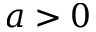
a > 0